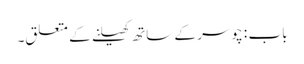
باب : چوسر کے ساتھ کھیلنے کے متعلق۔